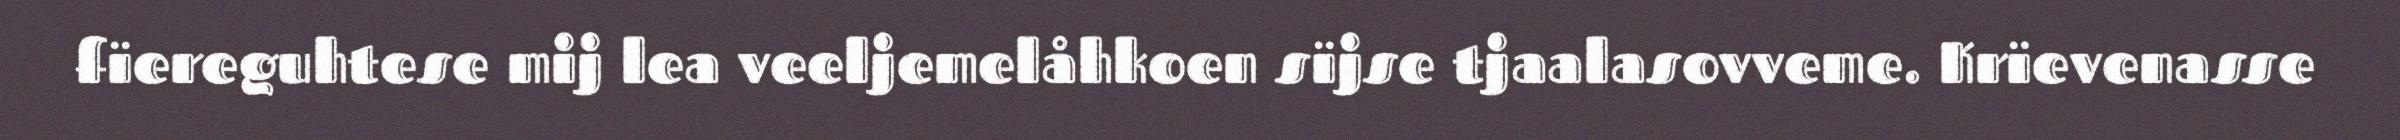
fïereguhtese mij lea veeljemelåhkoen sïjse tjaalasovveme. Krïevenasse